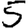
Digit: 5